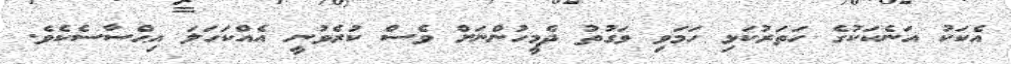
އެކަކު އަނެކަކުގެ ހަތަރުކަޅި ހަމަވި ވަގުތު ދެމީހުންނަށް ވެސް ކުރެވުނީ އެއްކަހަލަ އިޙްސާސެކެވެ.